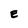
Character: E